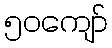
၅၀ကျော်